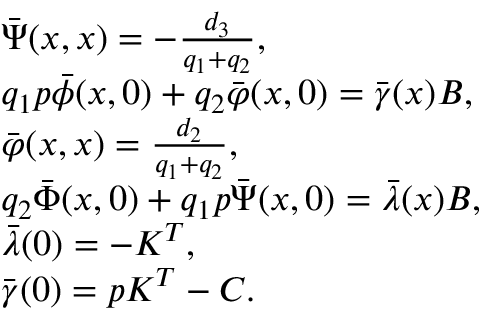
\begin{array} { r l } & { \bar { \Psi } ( x , x ) = - \frac { d _ { 3 } } { { q _ { 1 } } + { q _ { 2 } } } , } \\ & { { q _ { 1 } } p \bar { \phi } ( x , 0 ) + { q _ { 2 } } \bar { \varphi } ( x , 0 ) = { \bar { \gamma } } ( x ) B , } \\ & { \bar { \varphi } ( x , x ) = \frac { { d _ { 2 } } } { { q _ { 1 } } + { q _ { 2 } } } , } \\ & { { q _ { 2 } } \bar { \Phi } ( x , 0 ) + { q _ { 1 } } p \bar { \Psi } ( x , 0 ) = \bar { \lambda } ( x ) B , } \\ & { { \bar { \lambda } ( 0 ) = - K ^ { T } } , } \\ & { { { \bar { \gamma } } ( 0 ) = p K ^ { T } - { C } . } } \end{array}